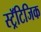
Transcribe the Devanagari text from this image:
स्ट्रॅटिजिक